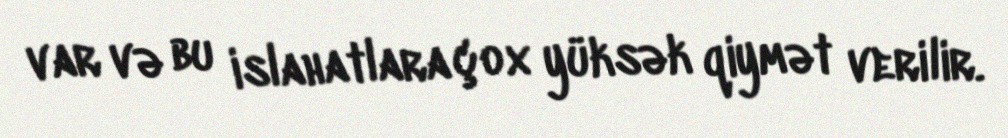
var və bu islahatlara çox yüksək qiymət verilir.